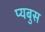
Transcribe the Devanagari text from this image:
प्यबुस